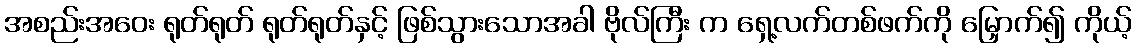
အစည်းအဝေး ရုတ်ရုတ် ရုတ်ရုတ်နှင့် ဖြစ်သွားသောအခါ ဗိုလ်ကြီး က ရှေ့လက်တစ်ဖက်ကို မြှောက်၍ ကိုယ့်